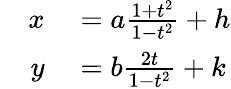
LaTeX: \quad{\begin{array}{rl}{x}&{{}=a{\frac{1+t^{2}}{1-t^{2}}}+h}\\ {y}&{{}=b{\frac{2t}{1-t^{2}}}+k}\end{array}}